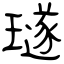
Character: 璲